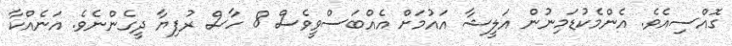
ގޮއްސިއެވެ. އެންމެކުޑަމިނުން އަލީޝާ އައުމަށް އެއްބަސްވީވެސް 8 ހާސް ރުފިޔާ ދީގެންނެވެ. އަނެއްކާ